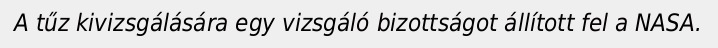
A tűz kivizsgálására egy vizsgáló bizottságot állított fel a NASA.